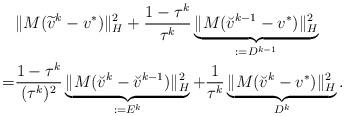
LaTeX: \begin{align*}\begin{aligned}&\|M(\widetilde{v}^{k}-v^*)\|^2_H+\frac{1-\tau^k}{\tau^k}\underbrace{\|M(\breve{v}^{k-1}-v^*)\|^2_H}_{:=D^{k-1}}\\=&\frac{1-\tau^k}{(\tau^k)^2}\underbrace{\|M(\breve{v}^{k}-\breve{v}^{k-1})\|^2_H}_{:=E^k}+\frac{1}{\tau^k}\underbrace{\|M(\breve{v}^{k}-v^*)\|^2_H}_{D^k}.\end{aligned}\end{align*}